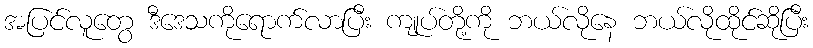
အပြင်လူတွေ ဒီဒေသကိုရောက်လာပြီး ကျုပ်တို့ကို ဘယ်လိုနေ ဘယ်လိုထိုင်ဆိုပြီး